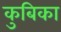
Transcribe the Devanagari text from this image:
कुबिका